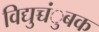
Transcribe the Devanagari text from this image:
विद्युच्चंुबक